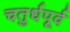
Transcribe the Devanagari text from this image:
चतुर्धपूर्व